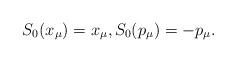
LaTeX: \begin{align*}S_0(x_\mu)=x_\mu,S_0(p_\mu)=-p_\mu.\end{align*}